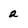
Character: 2